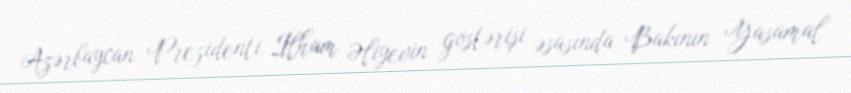
Azərbaycan Prezidenti İlham Əliyevin göstərişi əsasında Bakının Yasamal